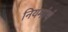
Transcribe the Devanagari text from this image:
नियमांचं